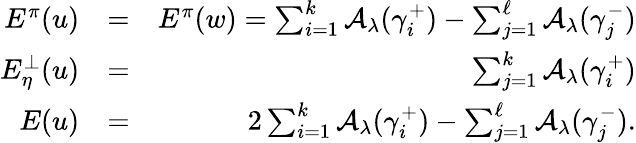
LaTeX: \begin{array}{rlr}{E^{\pi}(u)}&{=}&{E^{\pi}(w)=\sum_{i=1}^{k}{\mathcal A}_{\lambda}(\gamma_{i}^{+})-\sum_{j=1}^{\ell}{\mathcal A}_{\lambda}(\gamma_{j}^{-})}\\ {E_{\eta}^{\perp}(u)}&{=}&{\sum_{j=1}^{k}{\mathcal A}_{\lambda}(\gamma_{i}^{+})}\\ {E(u)}&{=}&{2\sum_{i=1}^{k}{\mathcal A}_{\lambda}(\gamma_{i}^{+})-\sum_{j=1}^{\ell}{\mathcal A}_{\lambda}(\gamma_{j}^{-}).}\end{array}